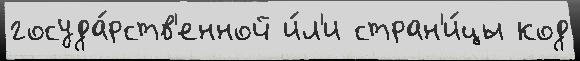
госуда́рств'енной и́л'и стран'и́цы код